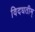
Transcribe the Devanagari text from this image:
विदधतीम्